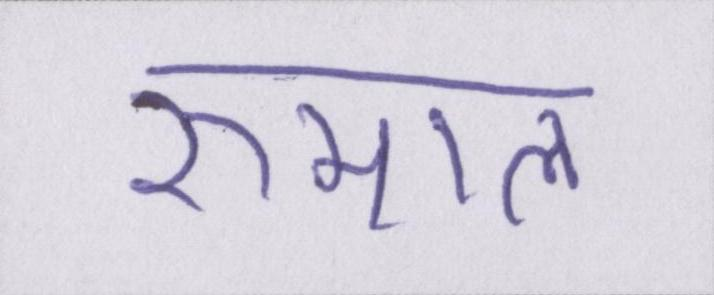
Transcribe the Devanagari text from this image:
रुमाल